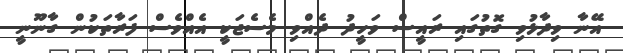
އޭނާ ވިދާޅުވި ގޮތުގައި ރައީސް ވަހީދު ދެއްވި މެސެޖަކީ އެއްވެސް ފަރާތަކުން ގާނޫނީ